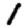
Digit: 1